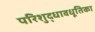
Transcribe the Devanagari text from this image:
परिशुद्धावधूतिका